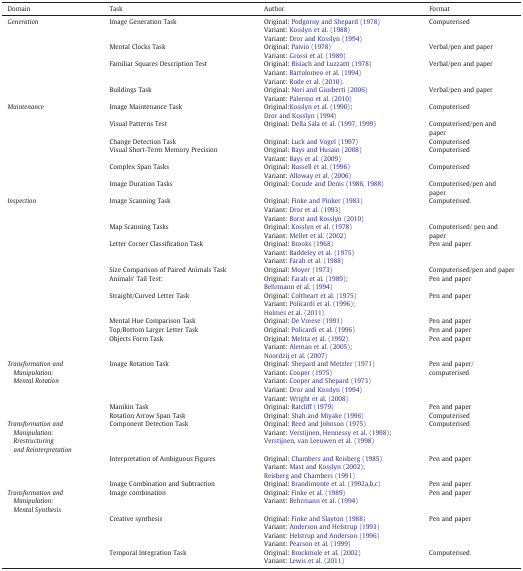
<table><thead><tr><td><b>Domain</b></td><td><b>Task</b></td><td><b>Author</b></td><td><b>Format</b></td></tr></thead><tbody><tr><td><i>Generation</i></td><td>Image Generation Task</td><td>Original: Podgorny and Shepard (1978)Variant: Kosslyn et al. (1988)Variant: Dror and Kosslyn (1994)</td><td>Computerised</td></tr><tr><td>[EMPTY_CELL]</td><td>Mental Clocks Task</td><td>Original: Paivio (1978)Variant: Grossi et al. (1989)</td><td>Verbal/pen and paper</td></tr><tr><td>[EMPTY_CELL]</td><td>Familiar Squares Description Test</td><td>Original: Bisiach and Luzzatti (1978)Variant: Bartolomeo et al. (1994)Variant: Rode et al. (2010).</td><td>Verbal/pen and paper</td></tr><tr><td>[EMPTY_CELL]</td><td>Buildings Task</td><td>Original: Nori and Giusberti (2006)Variant: Palermo et al. (2010)</td><td>Verbal/pen and paper</td></tr><tr><td><i>Maintenance</i></td><td>Image Maintenance Task</td><td>Original:Kosslyn et al. (1990); Dror and Kosslyn (1994)</td><td>Computerised</td></tr><tr><td>[EMPTY_CELL]</td><td>Visual Patterns Test</td><td>Original: Della Sala et al. (1997, 1999)</td><td>Computerised/pen and paper</td></tr><tr><td>[EMPTY_CELL]</td><td>Change Detection Task</td><td>Original: Luck and Vogel (1997)</td><td>Computerised</td></tr><tr><td>[EMPTY_CELL]</td><td>Visual Short-Term Memory Precision</td><td>Original: Bays and Husain (2008)Variant: Bays et al. (2009)</td><td>Computerised</td></tr><tr><td>[EMPTY_CELL]</td><td>Complex Span Tasks</td><td>Original: Russell et al. (1996)Variant: Alloway et al. (2006)</td><td>Computerised</td></tr><tr><td>[EMPTY_CELL]</td><td>Image Duration Tasks</td><td>Original: Cocude and Denis (1986, 1988)</td><td>Computerised/pen and paper</td></tr><tr><td><i>Inspection</i></td><td>Image Scanning Task</td><td>Original: Finke and Pinker (1983)Variant: Dror et al. (1993)Variant: Borst and Kosslyn (2010)</td><td>Computerised</td></tr><tr><td>[EMPTY_CELL]</td><td>Map Scanning Tasks</td><td>Original: Kosslyn et al. (1978)Variant: Mellet et al. (2002)</td><td>Computerised/ pen and paper</td></tr><tr><td>[EMPTY_CELL]</td><td>Letter Corner Classification Task</td><td>Original: Brooks (1968)Variant: Baddeley et al. (1975)Variant: Farah et al. (1988)</td><td>Pen and paper</td></tr><tr><td>[EMPTY_CELL]</td><td>Size Comparison of Paired Animals Task</td><td>Original: Moyer (1973)</td><td>Computerised/pen and paper</td></tr><tr><td>[EMPTY_CELL]</td><td>Animals' Tail Test:</td><td>Original: Farah et al. (1989); Behrmann et al. (1994)</td><td>Pen and paper</td></tr><tr><td>[EMPTY_CELL]</td><td>Straight/Curved Letter Task</td><td>Original: Coltheart et al. (1975)Variant: Policardi et al. (1996); Holmes et al. (2011)</td><td>Pen and paper</td></tr><tr><td>[EMPTY_CELL]</td><td>Mental Hue Comparison Task</td><td>Original: De Vreese (1991)</td><td>Pen and paper</td></tr><tr><td>[EMPTY_CELL]</td><td>Top/Bottom Larger Letter Task</td><td>Original: Policardi et al. (1996)</td><td>Pen and paper</td></tr><tr><td>[EMPTY_CELL]</td><td>Objects Form Task</td><td>Original: Mehta et al. (1992)Variant: Aleman et al. (2005); Noordzij et al. (2007)</td><td>Pen and paper</td></tr><tr><td><i>Transformation and Manipulation: Mental Rotation</i></td><td>Image Rotation Task</td><td>Original: Shepard and Metzler (1971)Variant: Cooper (1975)Variant: Cooper and Shepard (1973)Variant: Dror and Kosslyn (1994)Variant: Wright et al. (2008)</td><td>Pen and paper/computerised</td></tr><tr><td>[EMPTY_CELL]</td><td>Manikin Task</td><td>Original: Ratcliff (1979)</td><td>Pen and paper</td></tr><tr><td>[EMPTY_CELL]</td><td>Rotation Arrow Span Task</td><td>Original: Shah and Miyake (1996)</td><td>Computerised</td></tr><tr><td><i>Transformation and Manipulation: Rrestructuring and Reinterpretation</i></td><td>Component Detection Task</td><td>Original: Reed and Johnson (1975)Variant: Verstijnen, Hennessy et al. (1998); Verstijnen, van Leeuwen et al. (1998)</td><td>Computerised</td></tr><tr><td>[EMPTY_CELL]</td><td>Interpretation of Ambiguous Figures</td><td>Original: Chambers and Reisberg (1985)Variant: Mast and Kosslyn (2002); Reisberg and Chambers (1991)</td><td>Pen and paper</td></tr><tr><td>[EMPTY_CELL]</td><td>Image Combination and Subtraction</td><td>Original: Brandimonte et al. (1992a,b,c)</td><td>Pen and paper</td></tr><tr><td><i>Transformation and Manipulation: Mental Synthesis</i></td><td>Image combination</td><td>Original: Finke et al. (1989)Variant: Behrmann et al. (1994)</td><td>Pen and paper</td></tr><tr><td>[EMPTY_CELL]</td><td>Creative synthesis</td><td>Original: Finke and Slayton (1988)Variant: Anderson and Helstrup (1993)Variant: Helstrup and Anderson (1996)Variant: Pearson et al. (1999)</td><td>Pen and paper</td></tr><tr><td>[EMPTY_CELL]</td><td>Temporal Integration Task</td><td>Original: Brockmole et al. (2002)Variant: Lewis et al. (2011)</td><td>Computerised</td></tr></tbody></table>